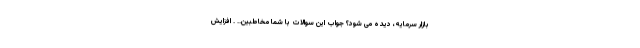
بازار سرمایه، دیده می شود؟ جواب این سوالات با شما مخاطبین.. . افزایش